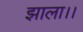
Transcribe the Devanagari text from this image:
झाला।।